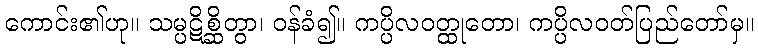
ကောင်း၏ဟု။ သမ္ပဋိစ္ဆိတွာ၊ ဝန်ခံ၍။ ကပ္ပိလဝတ္ထုတော၊ ကပ္ပိလဝတ်ပြည်တော်မှ။